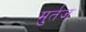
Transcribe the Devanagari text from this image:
मुर्तज